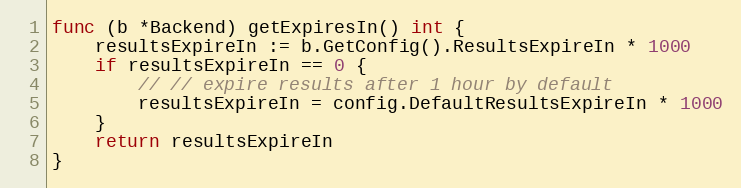
Language: Go
func (b *Backend) getExpiresIn() int {
	resultsExpireIn := b.GetConfig().ResultsExpireIn * 1000
	if resultsExpireIn == 0 {
		// // expire results after 1 hour by default
		resultsExpireIn = config.DefaultResultsExpireIn * 1000
	}
	return resultsExpireIn
}